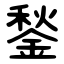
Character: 鍫